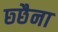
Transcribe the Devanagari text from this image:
छ्छैना